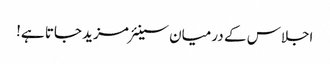
اجلاس کے درمیان سینئر مزید جاتا ہے!